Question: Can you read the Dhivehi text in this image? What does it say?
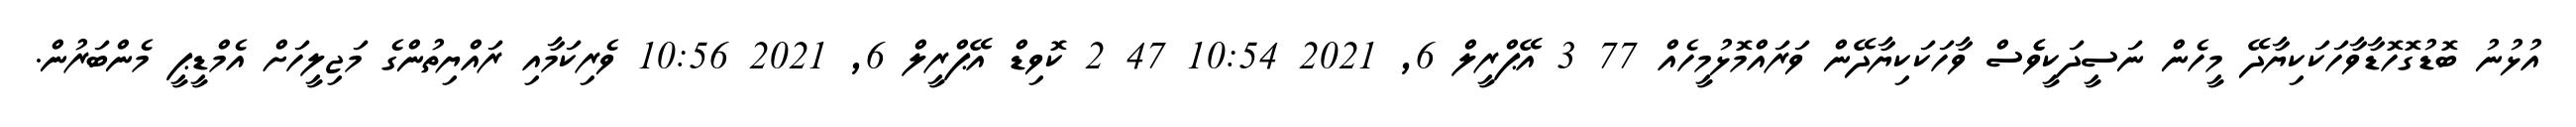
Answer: އުޅުނު ބޮޑުގޮހޮޑާވާހަކަކިޔާދޭ މީހެން ނަސީދަކީވެެސް ވާހަކަކިޔާދޭން ވަރައްމޮޅުމީހެއް 77 3 އޭޕްރީލް 6, 2021 10:54 47 2 ކޮވިޑް އޭޕްރީލް 6, 2021 10:56 ވެރިކަމާއި ރައްޔިތުންގެ މަޖިލީހަށް އެމްޑީޕީ މެންބަރުން.